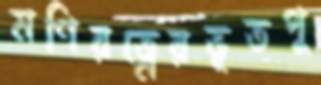
মণিরত্নেরভূতপু